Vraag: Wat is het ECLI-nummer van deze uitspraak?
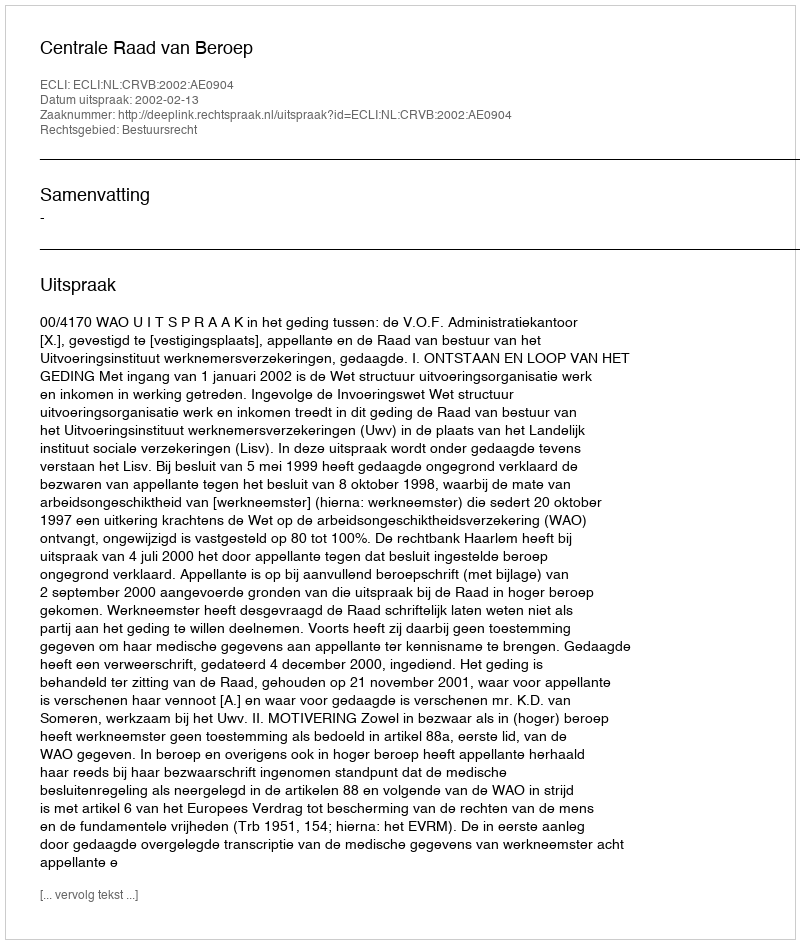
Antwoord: ECLI:NL:CRVB:2002:AE0904